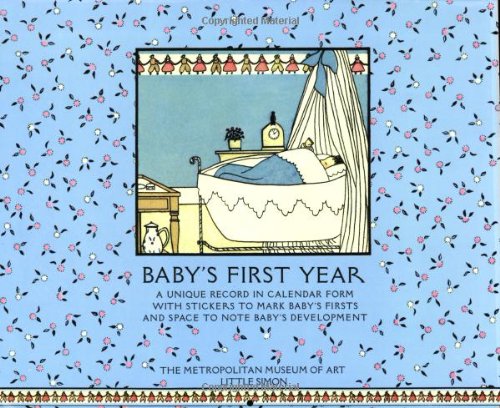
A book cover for Baby's First Year Calendar; Calendars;